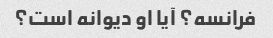
فرانسه؟ آیا او دیوانه است؟